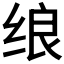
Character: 𱺡